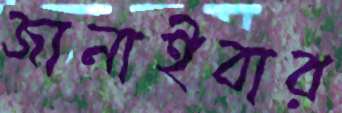
জানাইবার